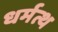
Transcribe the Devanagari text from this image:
धर्मत्थ